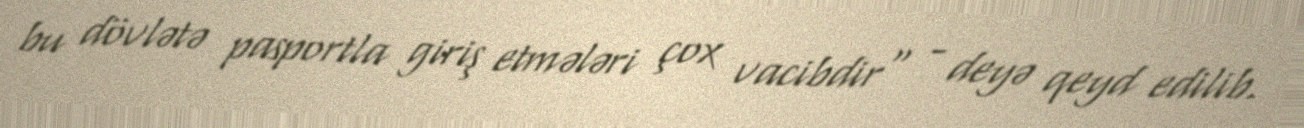
bu dövlətə pasportla giriş etmələri çox vacibdir" - deyə qeyd edilib.